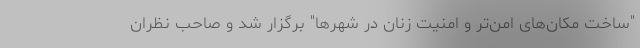
"ساخت مکان‌های امن‌تر و امنیت زنان در شهرها" برگزار شد و صاحب نظران